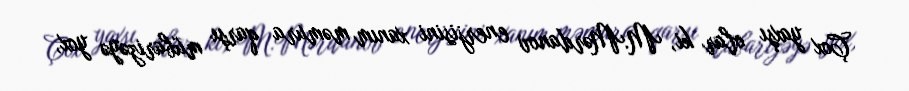
Çox yaxşı olar ki, M.Mərdanov enerjisini xanım məmura qarşı mübarizəyə yox,